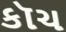
કૉચ